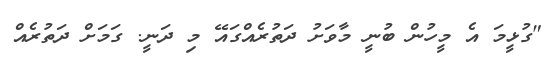
"ގުޅީމަ އެ މީހުން ބުނީ މާވަށު ދަތުރެއްގައޭ މި ދަނީ. ގަމަށް ދަތުރެއް